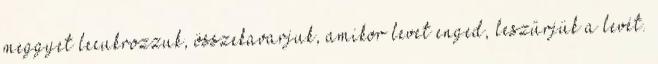
meggyet lecukrozzuk, összekavarjuk, amikor levet enged, leszűrjük a levét.